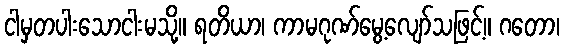
ငါမှတပါးသောငါးမသို့။ ရတိယာ၊ ကာမဂုဏ်မွေ့လျော်သဖြင့်။ ဂတော၊